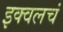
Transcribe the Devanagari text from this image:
इक्वलचं